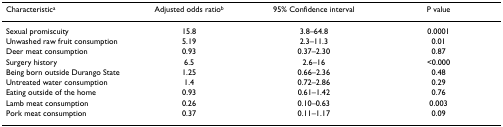
<table><thead><tr><td><b>Characteristic<sup>a</sup></b></td><td><b>Adjusted odds ratio<sup>b</sup></b></td><td><b>95% Confidence interval</b></td><td><b>P value</b></td></tr></thead><tbody><tr><td>Sexual promiscuity</td><td>15.8</td><td>3.8–64.8</td><td>0.0001</td></tr><tr><td>Unwashed raw fruit consumption</td><td>5.19</td><td>2.3–11.3</td><td>0.01</td></tr><tr><td>Deer meat consumption</td><td>0.93</td><td>0.37–2.30</td><td>0.87</td></tr><tr><td>Surgery history</td><td>6.5</td><td>2.6–16</td><td>&lt;0.000</td></tr><tr><td>Being born outside Durango State</td><td>1.25</td><td>0.66–2.36</td><td>0.48</td></tr><tr><td>Untreated water consumption</td><td>1.4</td><td>0.72–2.86</td><td>0.29</td></tr><tr><td>Eating outside of the home</td><td>0.93</td><td>0.61–1.42</td><td>0.76</td></tr><tr><td>Lamb meat consumption</td><td>0.26</td><td>0.10–0.63</td><td>0.003</td></tr><tr><td>Pork meat consumption</td><td>0.37</td><td>0.11–1.17</td><td>0.09</td></tr></tbody></table>